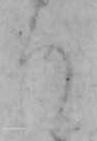
ち